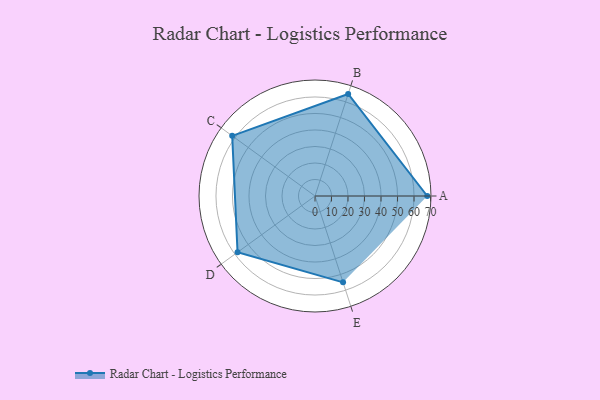
{"axis": {"x": "Skill", "y": "Score"}, "legend": ["Profile"], "data": [{"x": "A", "y": 68.0, "type": "Profile"}, {"x": "B", "y": 65.0, "type": "Profile"}, {"x": "C", "y": 62.0, "type": "Profile"}, {"x": "D", "y": 58.0, "type": "Profile"}, {"x": "E", "y": 55.0, "type": "Profile"}]}